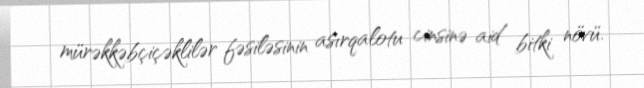
mürəkkəbçiçəklilər fəsiləsinin asırqalotu cinsinə aid bitki növü.